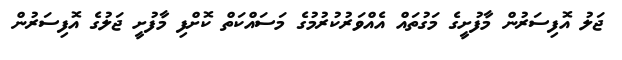
ޖަލު އޮފިސަރުން މާފުށީގެ މަގުތައް އެއްވަރުކުރުމުގެ މަސައްކަތް ކޮށްފި މާފުށީ ޖަލުގެ އޮފިސަރުން